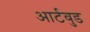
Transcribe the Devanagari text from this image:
आर्टवुड